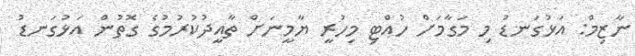
ނާޒިމް: އަޅުގަނޑު މި މަގާމަށް ހުއްޓި މިހުރީ ޔާމީނަށް ތާއީދުކުރުމުގެ ގޮތުން އަޅުގަނޑު